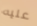
عليه